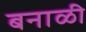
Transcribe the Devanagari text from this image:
बनाळी